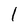
Character: l